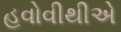
હવોવીથીએ